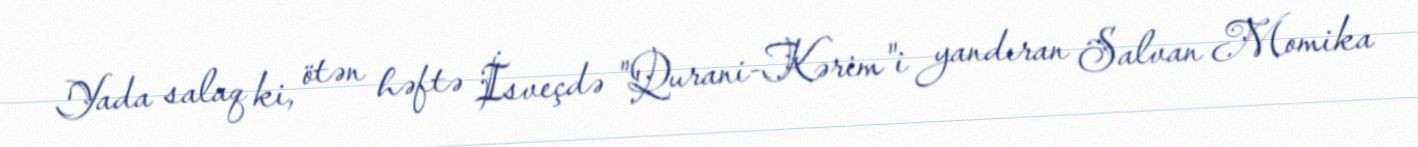
Yada salaq ki, ötən həftə İsveçdə "Qurani-Kərim"i yandıran Salvan Momika